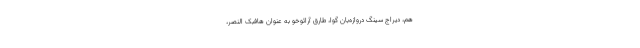
هم، دیراج سینگ دروازه‌بان گوا، طارق آرائوخو به عنوان هافبک النصر،